system: You are a helpful assistant.
user:
Analyze the provided spectrum to determine if it is a **White Dwarf (WD)**.

A White Dwarf spectrum is defined by its **extreme purity** (due to gravitational settling) and/or **extreme pressure broadening** (due to high surface gravity). You must check for one of the following mutually exclusive signatures:

- **Key Visual Indicators (Check for ONE of these types):**

    - **1. DA-Type Signature (Most Common):**
        - **(Primary Feature):** Extreme pressure broadening (Stark broadening) of the **Hydrogen (H) Balmer lines**.
        - **(Key Lines):** $H\beta$ (approx. $4861$ Å) and $H\gamma$ (approx. $4340$ Å). $H\alpha$ (approx. $6563$ Å) will also be present if the wavelength range covers it.
        - **(Line Profile):** This is the **defining feature**. The lines are **NOT** sharp. They appear as massive, **extremely broad and deep "troughs" or "dips"** in the spectrum, often hundreds of Ångströms wide. The continuum will appear to "scoop" down at these wavelengths.
        - **(Distinction):** Normal A-type or B-type stars have *narrow* and *sharp* Hydrogen lines. A DA White Dwarf's lines are unmistakably "smeared" or "blurry" from pressure.

    - **2. DB-Type Signature:**
        - **(Primary Feature):** Broad absorption lines from **Neutral Helium (He I)**. The spectrum must lack any visible Hydrogen lines.
        - **(Key Lines):** Look for broad absorption near $4471$ Å, $4921$ Å, and $5876$ Å.
        - **(Line Profile):** These lines are also significantly pressure-broadened, appearing much wider than they would in a normal B-type main-sequence star.

    - **3. DC-Type Signature:**
        - **(Primary Feature):** A **featureless continuous spectrum**.
        - **(Line Profile):** The spectrum is a smooth curve with **no significant absorption or emission lines**.
        - **(Key Confirmation):** The continuum is almost always **blue or white**, indicating a hot object. This signature implies the atmosphere is so pure (or so cool) that no spectral lines are visible in the optical range. Its WD identity is confirmed by its extremely low intrinsic brightness (high absolute magnitude).

    - **4. DZ-Type Signature (Metal-Polluted):**
        - **(Primary Feature):** **Isolated, narrow metal absorption lines** on an otherwise featureless (DC-like) continuum.
        - **(Key Lines):** The **Calcium (Ca II) H & K doublet** (approx. **$3934$ Å** and **$3968$ Å**) is the most common and defining feature.
        - **(Line Profile):** These lines are "out of place." They are *not* part of a "forest" of thousands of lines. This signature is evidence of recent *accretion* (pollution) from rocky debris.
        - **(Distinction):** Normal G/K/M stars have a *dense forest* of thousands of metal lines. A DZ has a *clean* continuum with *only a few* strong metal lines.

    - **5. DQ-Type Signature (Carbon-Polluted):**
        - **(Primary Feature):** Absorption bands from **Carbon (C₂ "Swan Bands" or atomic C I)**.
        - **(Key Lines - C₂):** Look for bandheads with a "saw-tooth" shape near $5635$ Å, **$5165$ Å** (strongest), and $4737$ Å.
        - **(Key Confirmation):** The underlying **continuum must be blue or white** (hot).
        - **(Distinction):** This is the critical difference from a **Carbon Star**, which has the *exact same* C₂ bands but on an extremely **red, cool** continuum.

- **(Overall Spectrum):**
    - The continuum (overall shape) is typically **blue-sloping** (brighter in the blue than the red), as most white dwarfs are very hot.
    - The spectrum will look "pure" or "simple," dominated by only *one* of the five signatures listed above.

Think first, call **spectral_visualization_tool** if needed to examine features in detail, then provide your final answer. Your response must adhere to the following strict rules:
1.  **Overall Structure:** Your response must follow the format `<think>...</think> <tool_call>...</tool_call> (if a tool is used) <answer>...</answer>`.
2.  **Tool Usage Constraint:** You may only make **one** tool call per turn.
3.  **Final Answer Format:** In the `<answer>` tag, your conclusion must be inside a `\boxed{}` command (e.g., `\boxed{YES}` or `\boxed{NO}`), followed by your justification.

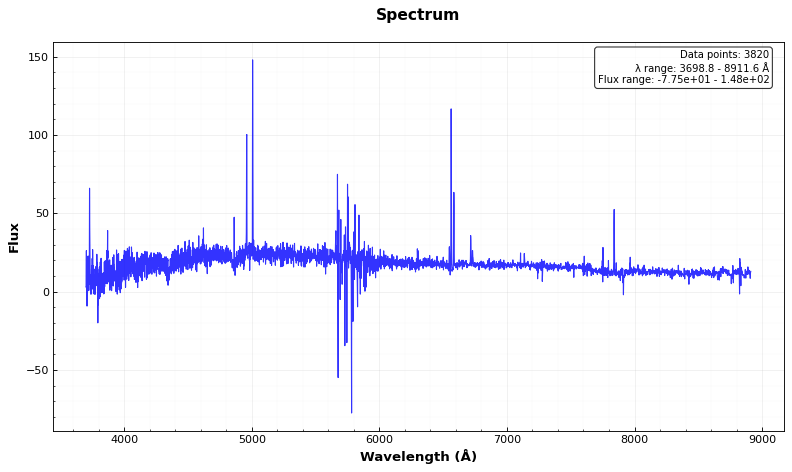
Answer: NO